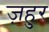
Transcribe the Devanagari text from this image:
ज़हुर